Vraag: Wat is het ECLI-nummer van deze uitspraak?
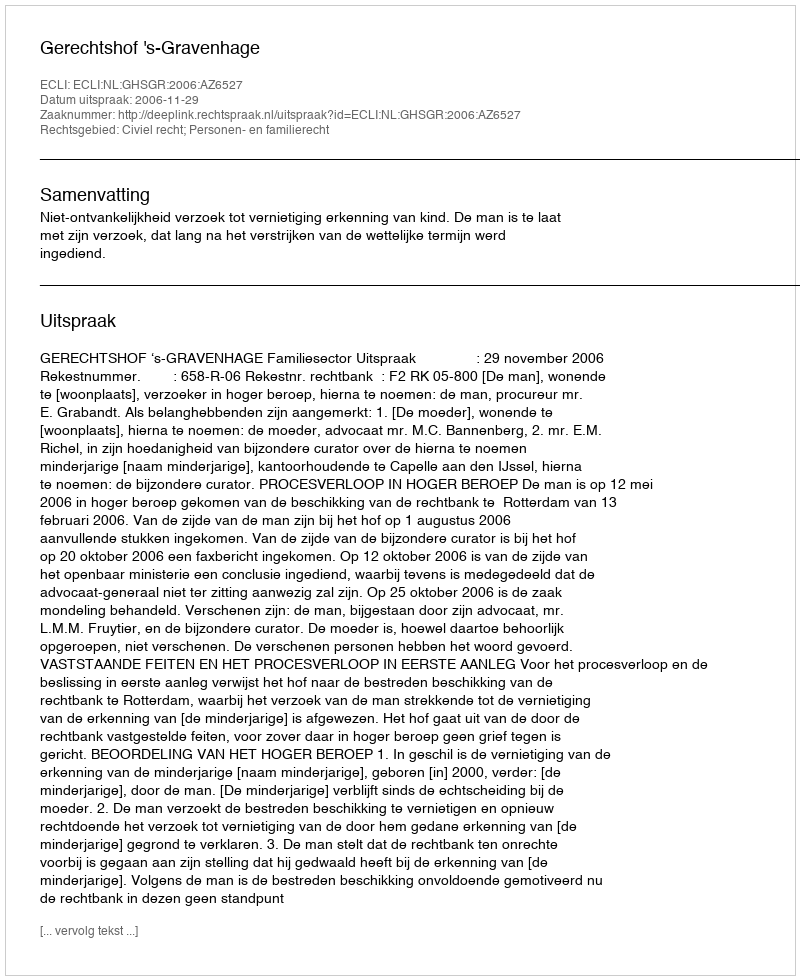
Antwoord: ECLI:NL:GHSGR:2006:AZ6527